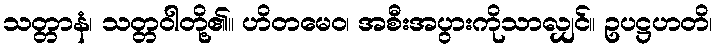
သတ္တာနံ၊ သတ္တဝါတို့၏။ ဟိတမေဝ၊ အစီးအပွားကိုသာလျှင်။ ဥပဋ္ဌဟတိ၊